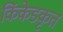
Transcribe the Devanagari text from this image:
किंकेडकृत